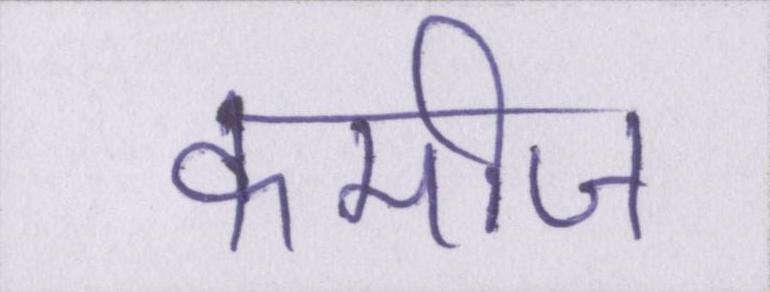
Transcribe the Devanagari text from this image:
कमीज